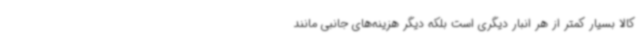
کالا بسیار کمتر از هر انبار دیگری است بلکه دیگر هزینه‌های جانبی مانند